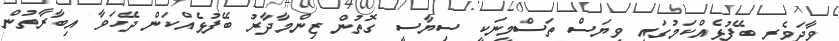
ވާދަވެރި ބޭފުޅެއްކަމުގައި ވިޔަސް ތަސްމީނަކީ ސިޔާސީ ގޮތުން ޒިންމާދާރު ބޭފުޅެއްކަން ދޭހަވާ އިބާރާތުން